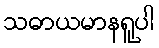
သဓာယမာနရူပါ